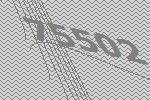
75502